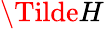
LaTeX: \Tilde{H}